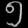
Digit: ၅